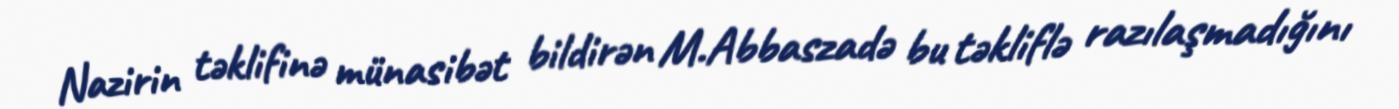
Nazirin təklifinə münasibət bildirən M.Abbaszadə bu təkliflə razılaşmadığını